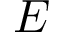
\cal E